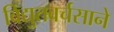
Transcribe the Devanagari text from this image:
विद्युतवर्चसाने